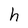
Character: h